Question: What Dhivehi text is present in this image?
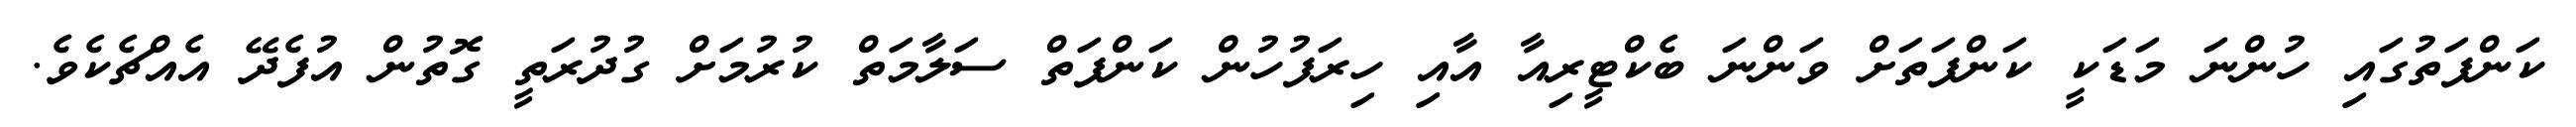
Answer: ކަންފަތުގައި ހުންނަ މަޑަކީ ކަންފަތަށް ވަންނަ ބެކްޓީރިއާ އާއި ހިރަފުހުން ކަންފަތް ސަލާމަތް ކުރުމަށް ގުދުރަތީ ގޮތުން އުފެދޭ އެއްޗެކެވެ.